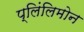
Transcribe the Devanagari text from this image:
प्लिंलिमोन